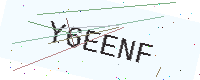
Text: Y6EENF